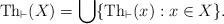
LaTeX: \begin{align*} \mathrm{Th}_{\vdash}(X) =\bigcup\{\mathrm{Th}_{\vdash}(x) : x\in X\}.\end{align*}